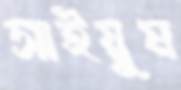
সাইয়ুম